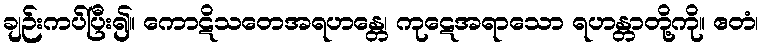
ချဉ်းကပ်ပြီး၍။ ကောဋိသတေအရဟန္တေ၊ ကုဋေအရာသော ရဟန္တာတို့ကို။ ဧတံ၊